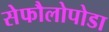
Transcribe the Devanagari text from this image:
सेफौलोपोडा